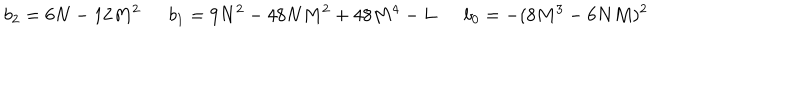
b _ { 2 } = 6 N - 1 2 M ^ { 2 } \ \ b _ { 1 } = 9 N ^ { 2 } - 4 8 N M ^ { 2 } + 4 8 M ^ { 4 } - L \ \ b _ { 0 } = - ( 8 M ^ { 3 } - 6 N M ) ^ { 2 }